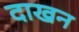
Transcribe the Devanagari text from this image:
दाखन